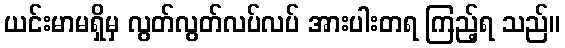
ယင်းမာမရှိမှ လွတ်လွတ်လပ်လပ် အားပါးတရ ကြည့်ရ သည်။